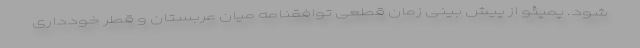
شود. پمپئو از پیش بینی زمان قطعی توافقنامه میان عربستان و قطر خودداری